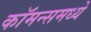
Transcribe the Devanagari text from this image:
कॉमन्समध्ये